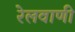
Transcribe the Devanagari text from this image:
रेलवाणी